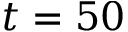
t = 5 0